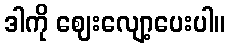
ဒါကို ဈေးလျော့ပေးပါ။